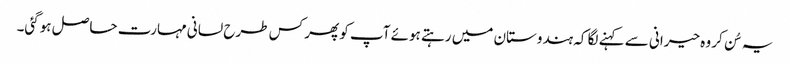
یہ سُن کر وہ حیرانی سے کہنے لگا کہ ہندوستان میں رہتے ہوئے آپ کو پھر کس طرح لسانی مہارت حاصل ہوگئی۔